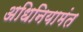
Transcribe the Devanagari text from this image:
अधिनियामंत